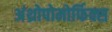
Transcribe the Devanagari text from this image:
अंथ्रोपोमोर्फिक्स